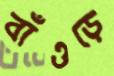
বাঁওড়ে